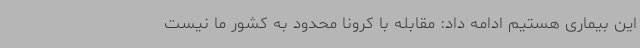
این بیماری هستیم ادامه داد: مقابله با کرونا محدود به کشور ما نیست